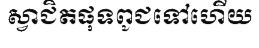
ស្វាជិតផុទពូជទៅហើយ